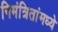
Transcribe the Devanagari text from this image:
निमंत्रितांमध्ये